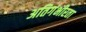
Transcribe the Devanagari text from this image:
अतिगंभीरता